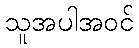
သူအပါအဝင်